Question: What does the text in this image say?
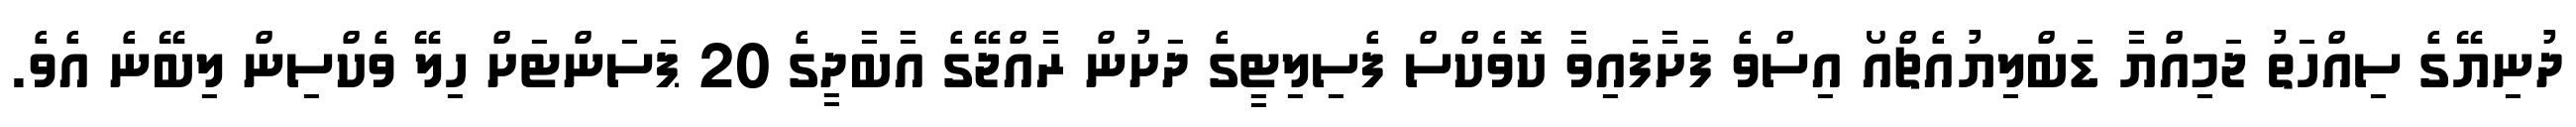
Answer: ދުނިޔޭގެ ސިއްހަތު ޖަމިއްޔާ ޑަބްލިޔުއެޗްއޯ އިސްވެ ފަށާފައިވާ ކޮވެކްސް ފެސިލިޓީގެ ދަށުން ރާއްޖޭގެ އާބާދީގެ 20 ޕަސަންޓަށް ހިލޭ ވެކްސިން ލިބޭނެ އެވެ.